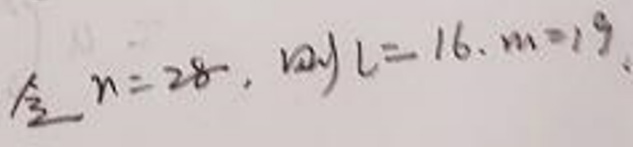
令 \(n = 28\), way \(L=16\), \(m = 19\).